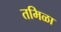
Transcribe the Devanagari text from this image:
तमिळा